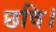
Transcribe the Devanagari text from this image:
छवि।